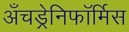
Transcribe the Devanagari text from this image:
अँचड्रेनिफॉर्मिस